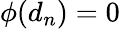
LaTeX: \phi(d_{n})=0